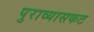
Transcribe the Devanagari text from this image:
पुराव्यासकट